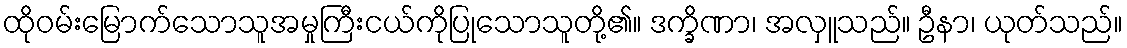
ထိုဝမ်းမြောက်သောသူအမှုကြီးငယ်ကိုပြုသောသူတို့၏။ ဒက္ခိဏာ၊ အလှူသည်။ ဦနာ၊ ယုတ်သည်။